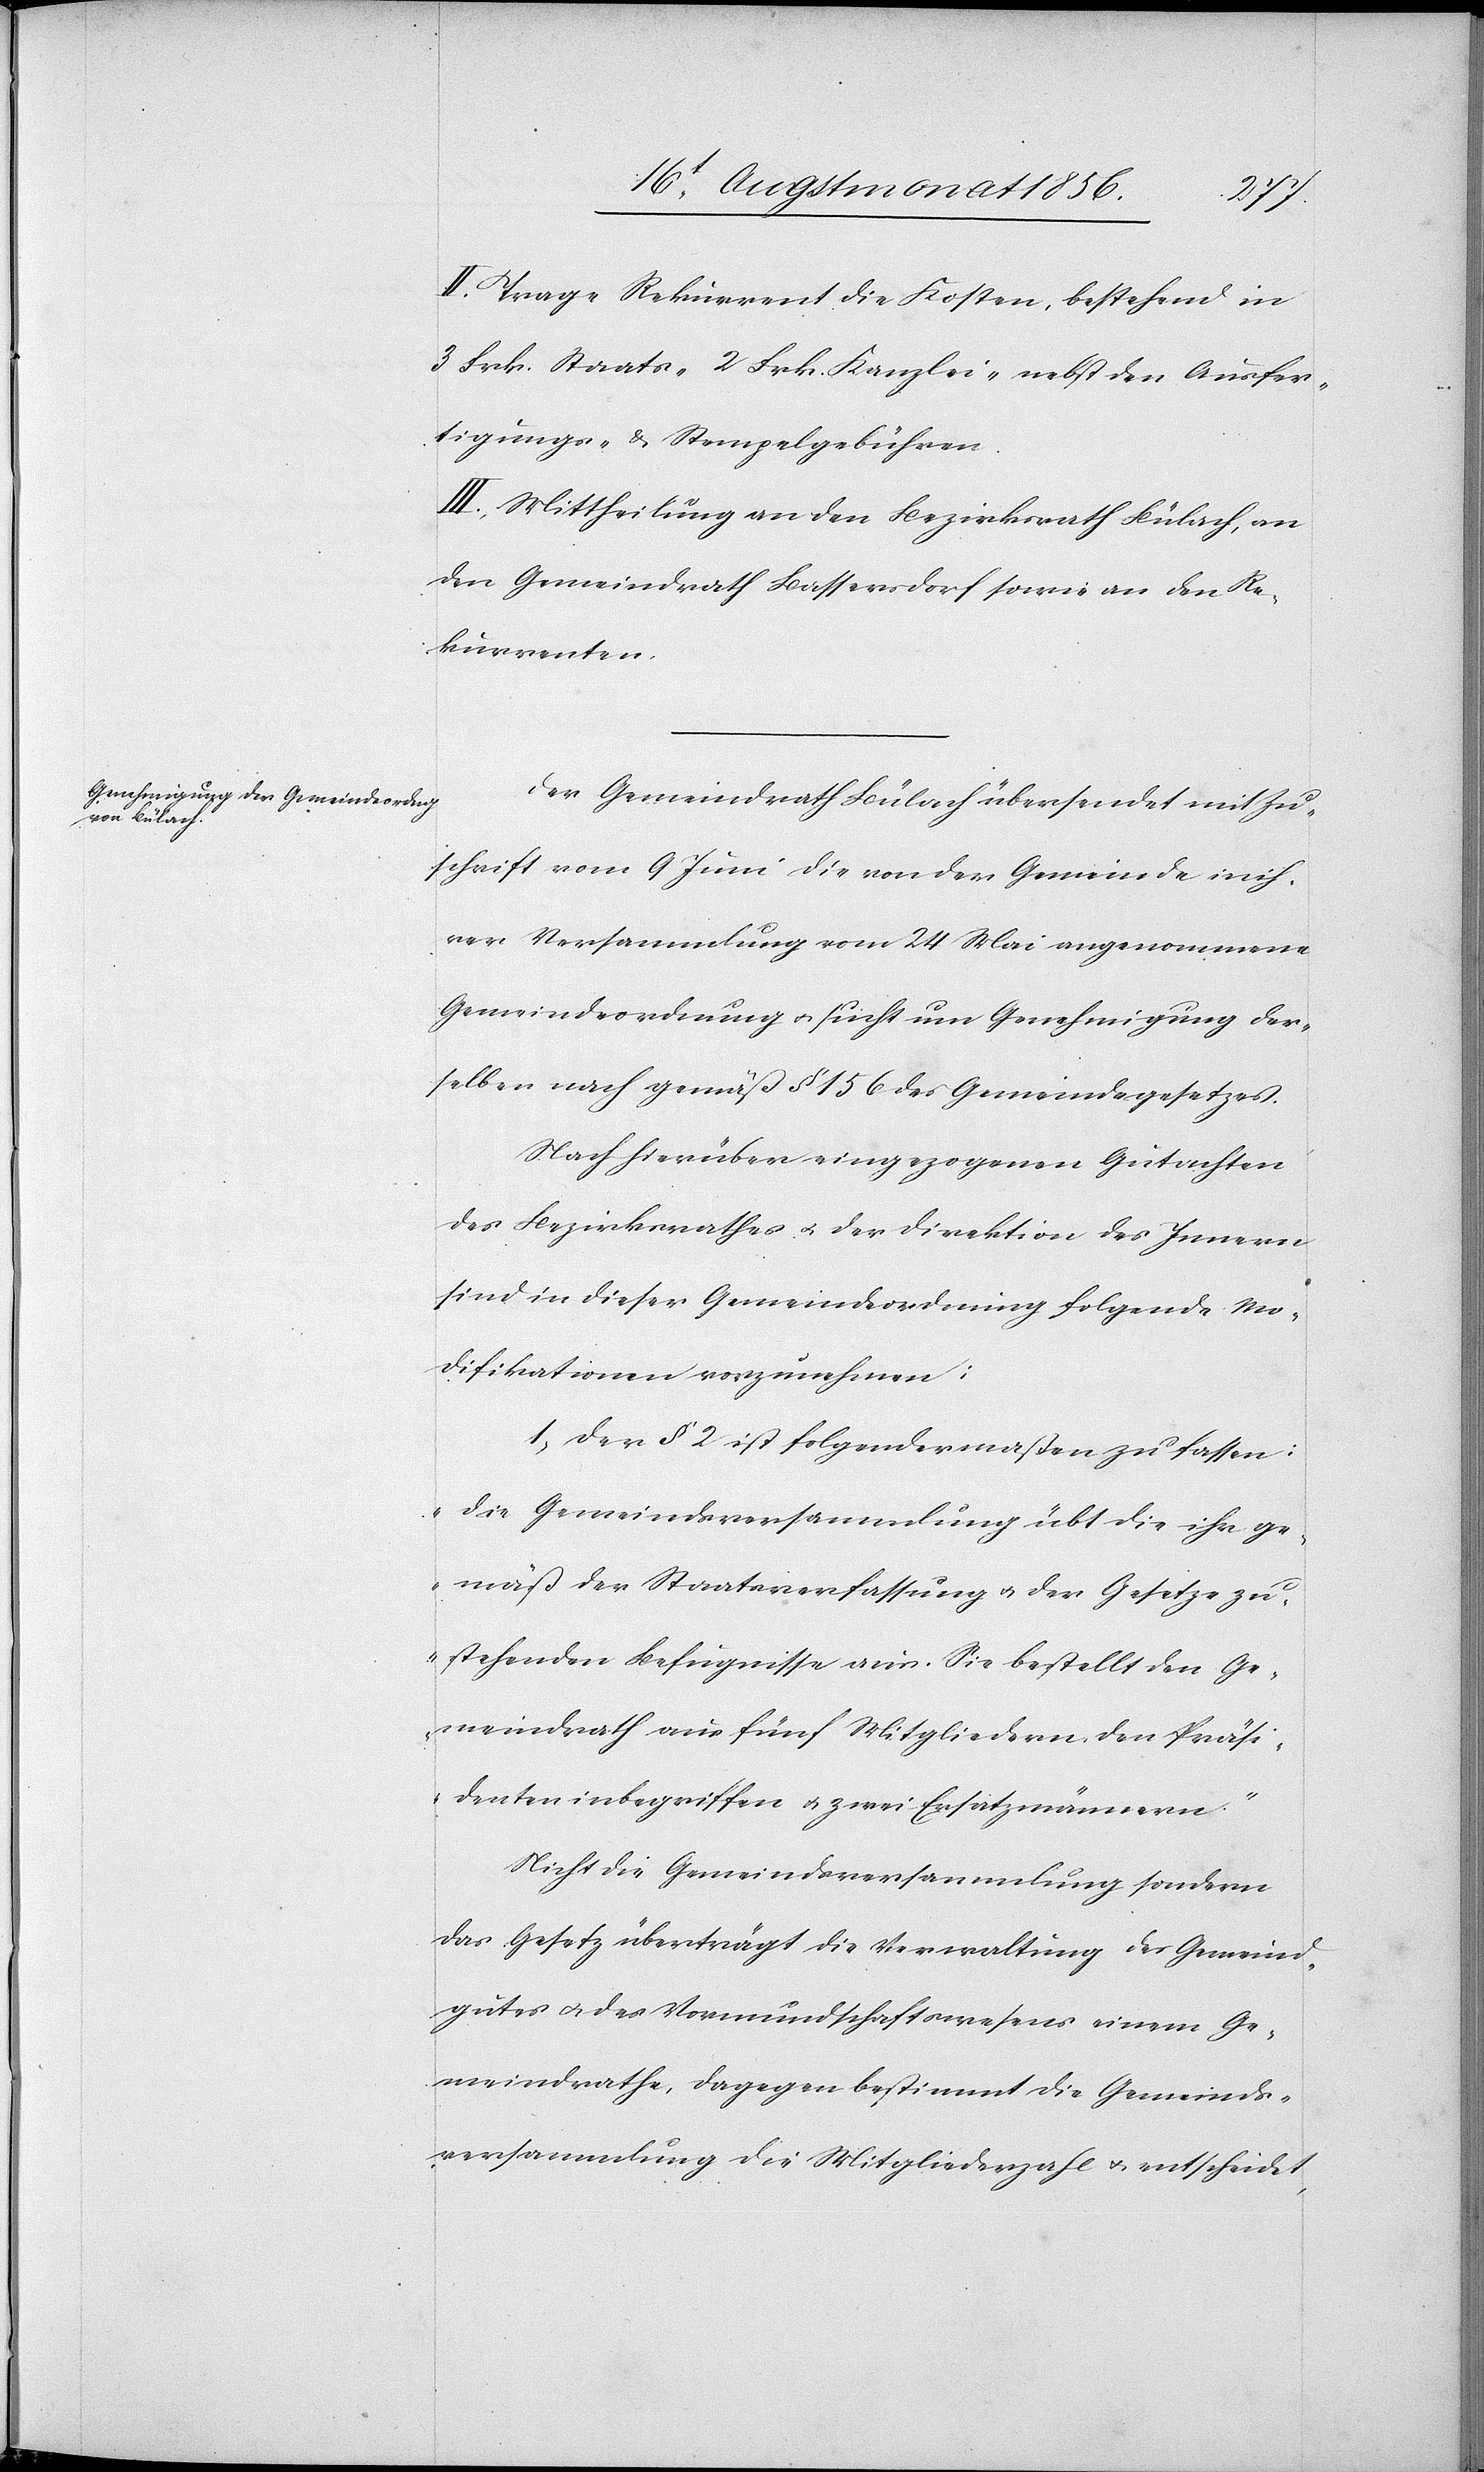
II.) Trage Rekurrent die Kosten, bestehend in
3 Frk. Staats-[,] 2 Frk. Kanzlei- nebst den Ausfer¬
tigungs- & Stempelgebühren.
III.) Mittheilung an den Bezirksrath Bülach, an
den Gemeindrath Bassersdorf sowie an den Re¬
kurrenten.
Der Gemeindrath Bülach übersendet mit Zu¬
schrift vom 9 Juni die von der Gemeinde in ih¬
rer Versammlung vom 24 Mai angenommene
Gemeindeordnung u. sucht um Genehmigung der¬
selben nach gemäß § 156 des Gemeindegesetzes.
Nach hierüber eingezogenen Gutachten
des Bezirksrathes u. der Direktion des Innern
sind in dieser Gemeindeordnung folgende Mo¬
difikationen vorzunehmen:
1.) Der § 2 ist folgendermaßen zu fassen:
„Die Gemeindsversammlung übt die ihr ge¬
mäß der Staatsverfassung u. der Gesetze zu¬
stehenden Befugnisse aus. Sie bestellt den Ge¬
meindrath aus fünf Mitgliedern den Präsi¬
denten inbegriffen u. zwei Ersatzmännern.”
Nicht die Gemeindsversammlung sondern
das Gesetz überträgt die Verwaltung des Gemeind¬
gutes u. des Vormundschaftswesens einem Ge¬
meindrathe, dagegen bestimmt die Gemeinds¬
versammlung die Mitgliederzahl u. entscheidet,